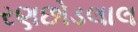
રણછોડલાલ